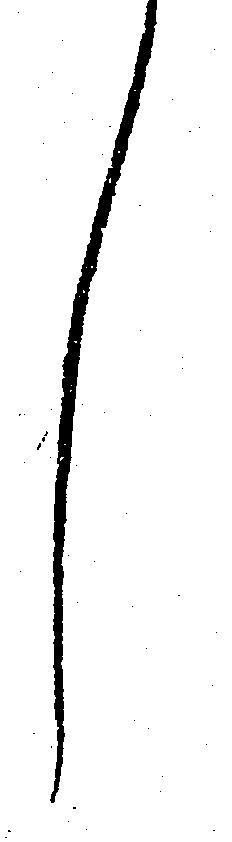
し